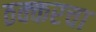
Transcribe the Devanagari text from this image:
ठक्करचा